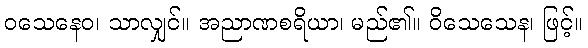
ဝသေနေဝ၊ သာလျှင်။ အညာဏစရိယာ၊ မည်၏။ ဝိသေသေန၊ ဖြင့်။